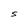
Character: S